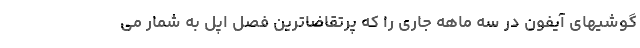
گوشیهای آیفون در سه ماهه جاری را که پرتقاضاترین فصل اپل به شمار می